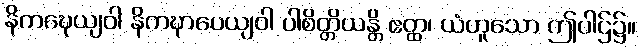
နိကဍ္ဎေယျဝါ နိကဍ္ဎာပေယျဝါ ပါစိတ္တိယန္တိ ဧတ္ထ၊ ယံဟူသော ဤပါဌ်၌။